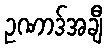
ဥဏာဒ်အချီ